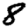
Digit: 8